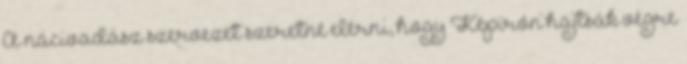
A nácivadász szervezet szeretné elérni, hogy Képírón hajtsák végre